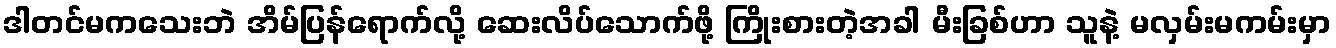
ဒါတင်မကသေးဘဲ အိမ်ပြန်ရောက်လို့ ဆေးလိပ်သောက်ဖို့ ကြိုးစားတဲ့အခါ မီးခြစ်ဟာ သူနဲ့ မလှမ်းမကမ်းမှာ